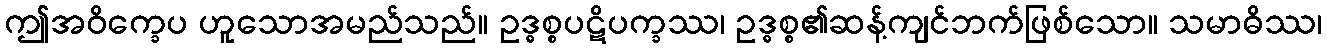
ဤအဝိက္ခေပ ဟူသောအမည်သည်။ ဥဒ္ဓစ္စပဋိပက္ခဿ၊ ဥဒ္ဓစ္စ၏ဆန့်ကျင်ဘက်ဖြစ်သော။ သမာဓိဿ၊